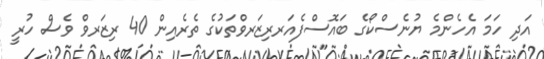
އަދި ހަމަ އެހެންމެ ޔުނެސްކޯގެ ބައޮސްފެއަރރިޒަރވްތަކުގެ ތެރެއިން 40 ރިޒަރވް ވެސް ހުރީ